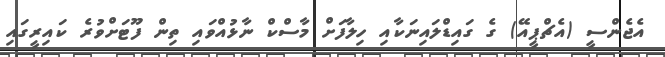
އެޖެންސީ (އެޗްޕީއޭ) ގެ ގައިޑްލައިނަކާއި ހިލާފަށް މާސްކް ނާޅުއްވައި ތިން ފޫޓަށްވުރެ ކައިރީގައި